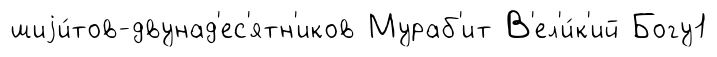
шиjи́тов-двунад'ес'ятн'иков Мураб'ит В'ел'и́к'ий Богу1